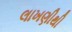
લાખણીથી